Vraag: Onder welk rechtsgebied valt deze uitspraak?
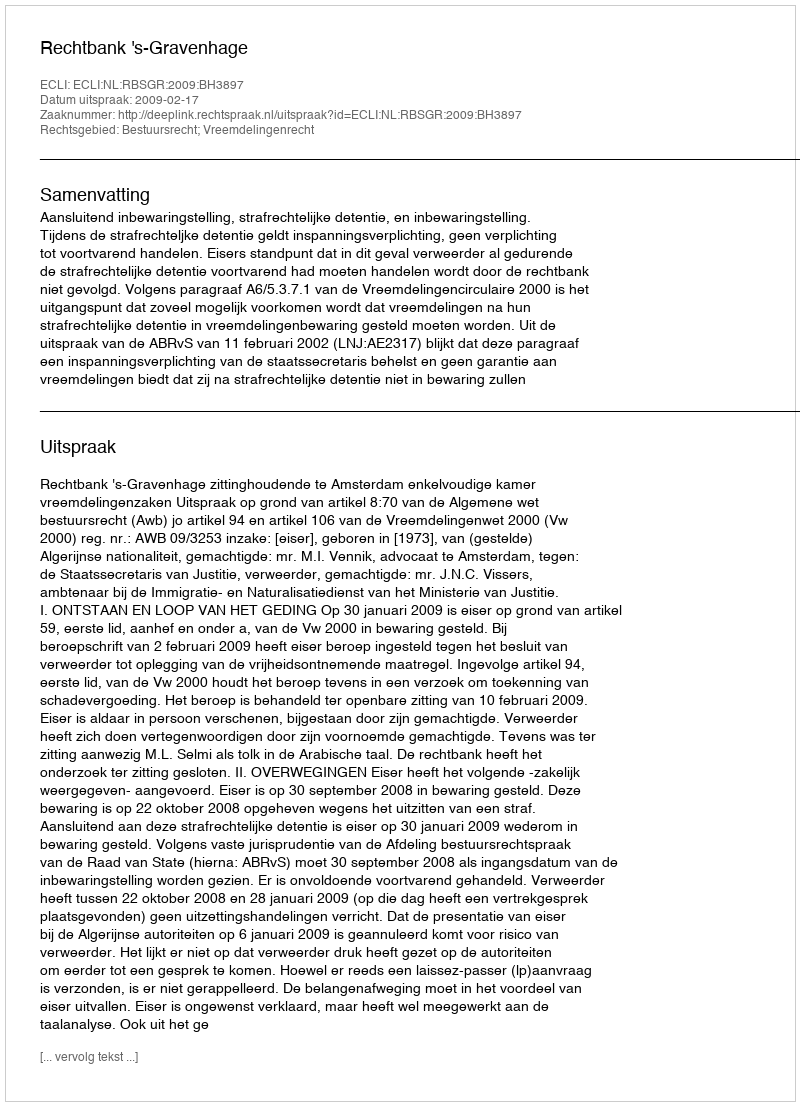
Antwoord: Bestuursrecht; Vreemdelingenrecht